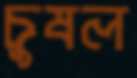
চুষল